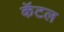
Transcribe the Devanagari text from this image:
कॅटल